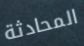
المحادثة